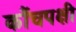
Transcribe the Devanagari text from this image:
कौंचपक्षी